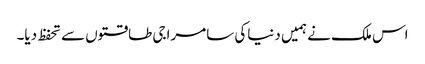
اس ملک نے ہمیں دنیاکی سامراجی طاقتوں سے تحفظ دیا۔